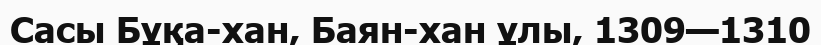
Сасы Бұқа-хан, Баян-хан ұлы, 1309—1310